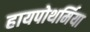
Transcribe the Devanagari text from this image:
हायपोथर्मिया